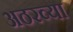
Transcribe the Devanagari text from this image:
अठरव्या